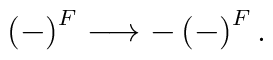
\left( -\right)^{F} \longrightarrow -\left( -\right)^{F}.